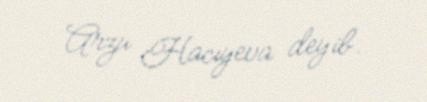
Arzu Hacıyeva deyib.